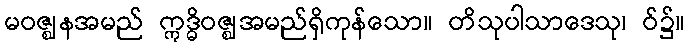
မဝဇ္ဈနအမည် ဣဒ္ဓိဝဇ္ဈအမည်ရှိကုန်သော။ တိသုပါသာဒေသု၊ ဝ်၌။